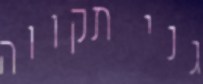
גני תקווה